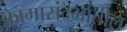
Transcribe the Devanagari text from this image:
कामासंदर्भातील